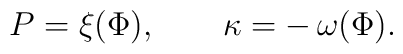
P=\xi(\Phi),\qquad\kappa=-\,\omega(\Phi).